Civil Veterinary Department Bihar & Orissa reports 1922-29 - 1922-1929
Year: 1922
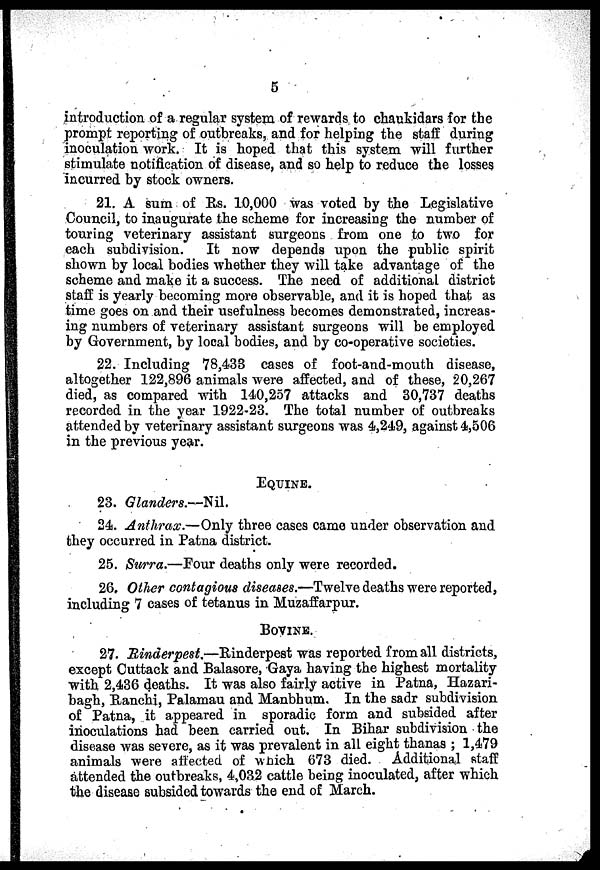
5
introduction of a regular system of rewards to chaukidars for the
prompt reporting of outbreaks, and for helping the staff during
inoculation work. It is hoped that this system will further
stimulate notification of disease, and so help to reduce the losses
incurred by stock owners.
21. A sum of Rs. 10,000 was voted by the Legislative
Council, to inaugurate the scheme for increasing the number of
touring veterinary assistant surgeons from one to two for
each subdivision. It now depends upon the public spirit
shown by local bodies whether they will take advantage of the
scheme and make it a success. The need of additional district
staff is yearly becoming more observable, and it is hoped that as
time goes on and their usefulness becomes demonstrated, increas-
ing numbers of veterinary assistant surgeons will be employed
by Government, by local bodies, and by co-operative societies.
22. Including 78,433 cases of foot-and-mouth disease,
altogether 122,896 animals were affected, and of these, 20,267
died, as compared with 140,257 attacks and 30,737 deaths
recorded in the year 1922-23. The total number of outbreaks
attended by veterinary assistant surgeons was 4,249, against 4,506
in the previous year.
EQUINE.
23. Glanders.—Nil.
24. Anthrax.—Only three cases came under observation and
they occurred in Patna district.
25. Surra.—Four deaths only were recorded.
26. Other contagious diseases.—Twelve deaths were reported,
including 7 cases of tetanus in Muzaffarpur.
BOVINE.
27. Rinderpest.—Binderpest was reported from all districts,
except Cuttack and Balasore, Gaya having the highest mortality
with 2,436 deaths. It was also fairly active in Patna, Hazari-
bagh, Ranchi, Palamau and Manbhum. In the sadr subdivision
of Patna, it appeared in sporadic form and subsided after
inoculations had been carried out. In Bihar subdivision the
disease was severe, as it was prevalent in all eight thanas ; 1,479
animals were affected of wnich 673 died. Additional staff
attended the outbreaks, 4,032 cattle being inoculated, after which
the disease subsided towards the end of March.